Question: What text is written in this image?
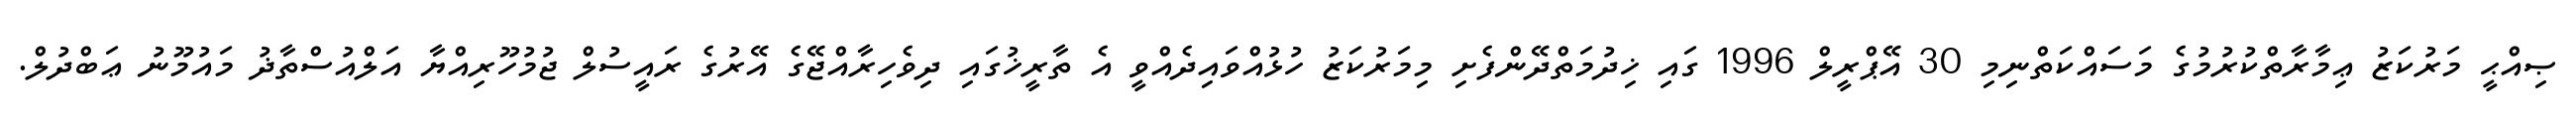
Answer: ޞިއްޙީ މަރުކަޒު ޢިމާރާތްކުރުމުގެ މަސައްކަތްނިމި 30 އޭޕްރީލް 1996 ގައި ޚިދުމަތްދޭންފެށި މިމަރުކަޒު ހުޅުއްވައިދެއްވީ އެ ތާރީޚުގައި ދިވެހިރާއްޖޭގެ އޭރުގެ ރައީސުލް ޖުމުހޫރިއްޔާ އަލްއުސްތާޛު މައުމޫނު ޢަބްދުލް.